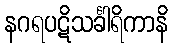
နဂရပဋိသင်္ခါရိကာနိ